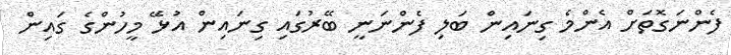
ފެންނަގޮތަށް އެންމެ ގިނައިން ބަލި ފެންނަނީ ބޭރުގައި ގިނައިން އުޅޭ މީހުންގެ ގައިން